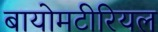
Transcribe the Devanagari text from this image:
बायोमटीरियल